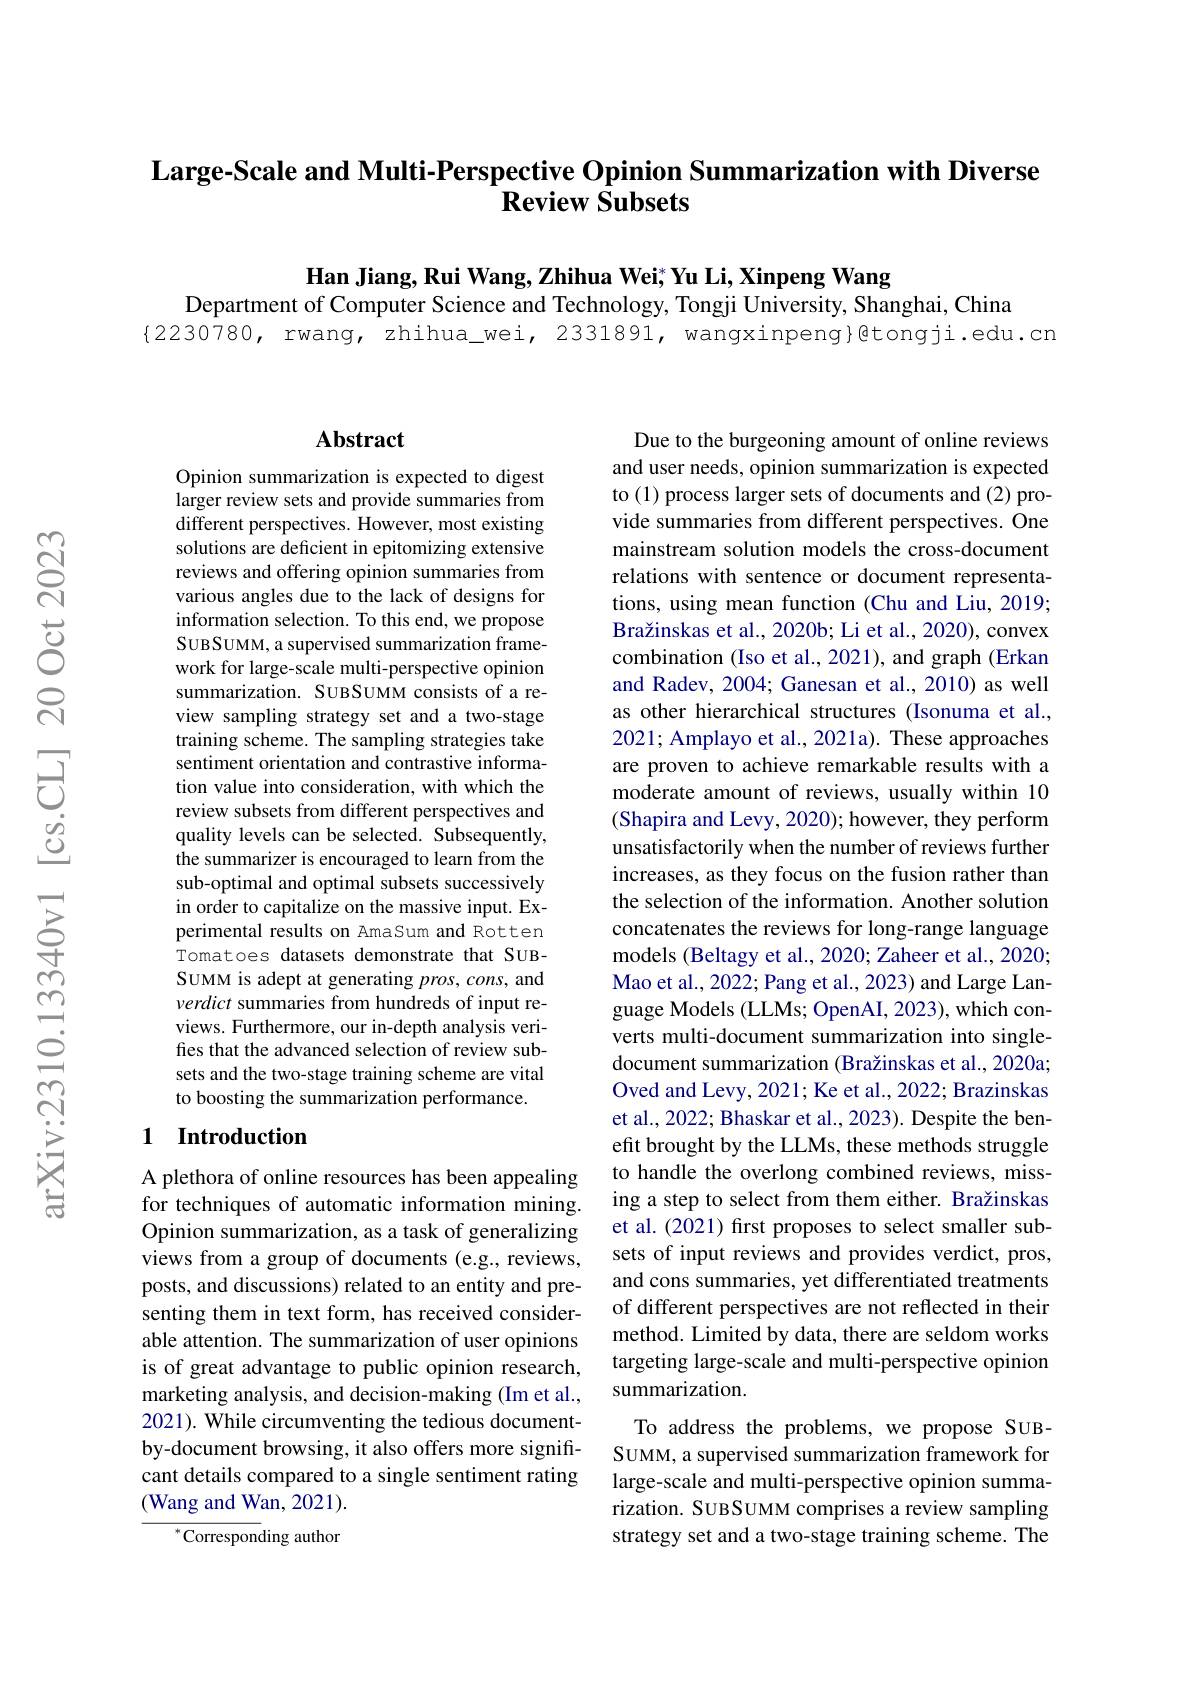
# Large-Scale and Multi-Perspective Opinion Summarization with Diverse $\textbf{Review Subsets}$

Han Jiang, Rui Wang, Zhihua Wei; Yu Li, Xinpeng Wang
Department of Computer Science and Technology, Tongji University, Shanghai, China
{2230780, rwang, zhihua\_wei, 2331891, wangxinpeng}@tongji.edu.cn

## Abstract

Opinion summarization is expected to digest larger review sets and provide summaries from different perspectives. However, most existing solutions are deficient in epitomizing extensive reviews and offering opinion summaries from various angles due to the lack of designs for information selection. To this end, we propose SUBSUMM, a supervised summarization framework for large-scale multi-perspective opinion summarization. SUBSUMM consists of a review sampling strategy set and a two-stage training scheme. The sampling strategies take sentiment orientation and contrastive information value into consideration, with which the review subsets from different perspectives and quality levels can be selected. Subsequently, the summarizer is encouraged to learn from the sub-optimal and optimal subsets successively in order to capitalize on the massive input. Experimental results on AmaSum and Rotten Tomatoes datasets demonstrate that SUBSUMM is adept at generating $pros,cons$, and verdict summaries from hundreds of input reviews. Furthermore, our in-depth analysis verifies that the advanced selection of review subsets and the two-stage training scheme are vital to boosting the summarization performance.

## 1 Introduction

A plethora of online resources has been appealing for techniques of automatic information mining. Opinion summarization, as a task of generalizing views from a group of documents (e.g., reviews, posts, and discussions) related to an entity and presenting them in text form, has received considerable attention. The summarization of user opinions is of great advantage to public opinion research, marketing analysis, and decision-making (Im et al., 2021). While circumventing the tedious documentby-document browsing, it also offers more significant details compared to a single sentiment rating (Wang and Wan, 2021).

${^*\text{Corresponding author}}$

Due to the burgeoning amount of online reviews and user needs, opinion summarization is expected to (1) process larger sets of documents and (2) provide summaries from different perspectives. One mainstream solution models the cross-document relations with sentence or document representations, using mean function (Chu and Liu, 2019; Bražinskas et al., 2020b; Li et al., 2020), convex combination (Iso et al., 2021), and graph (Erkan and Radev, 2004; Ganesan et al., 2010) as well as other hierarchical structures (Isonuma et al., 2021; Amplayo et al., 2021a). These approaches are proven to achieve remarkable results with a moderate amount of reviews, usually within 10 (Shapira and Levy, 2020); however, they perform unsatisfactorily when the number of reviews further increases, as they focus on the fusion rather than the selection of the information. Another solution concatenates the reviews for long-range language models (Beltagy et al., 2020; Zaheer et al., 2020; Mao et al., 2022; Pang et al., 2023) and Large Language Models (LLMs; OpenAI, 2023), which converts multi-document summarization into singledocument summarization (Bražinskas et al., 2020a; Oved and Levy, 2021; Ke et al., 2022; Brazinskas et al., 2022; Bhaskar et al., 2023). Despite the benefit brought by the LLMs, these methods struggle to handle the overlong combined reviews, missing a step to select from them either. Bražinskas et al. (2021) first proposes to select smaller subsets of input reviews and provides verdict, pros, and cons summaries, yet differentiated treatments of different perspectives are not reflected in their method. Limited by data, there are seldom works targeting large-scale and multi-perspective opinion summarization.
To address the problems, we propose SUBSUMM, a supervised summarization framework for large-scale and multi-perspective opinion summarization. SUBSUMM comprises a review sampling strategy set and a two-stage training scheme. The